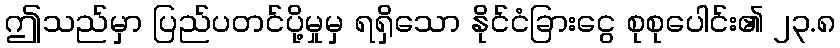
ဤသည်မှာ ပြည်ပတင်ပို့မှုမှ ရရှိသော နိုင်ငံခြားငွေ စုစုပေါင်း၏ ၂၃.၈